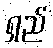
ရှည်